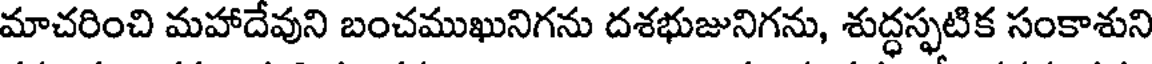
మాచరించి మహాదేవుని బంచముఖునిగను దశభుజునిగను, శుద్ధస్ఫటిక సంకాశుని